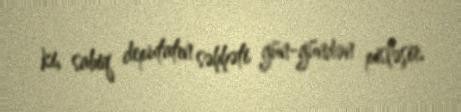
ki, sabiq deputatın səhhəti gün-gündən pisləşir.